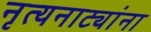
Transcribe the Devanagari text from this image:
नृत्यनाट्यांना